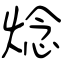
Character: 焾